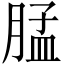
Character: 𰮳